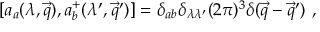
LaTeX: [ a _ { a } ( \lambda , \vec { q } ) , a _ { b } ^ { + } ( \lambda ^ { \prime } , \vec { q } ^ { \prime } ) ] = \delta _ { a b } \delta _ { \lambda \lambda ^ { \prime } } ( 2 \pi ) ^ { 3 } \delta ( \vec { q } - \vec { q } ^ { \prime } ) ~ ,